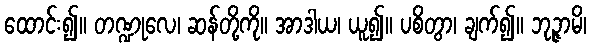
ထောင်း၍။ တဏ္ဍုလေ၊ ဆန်တို့ကို။ အာဒါယ၊ ယူ၍။ ပစိတွာ၊ ချက်၍။ ဘုဉ္ဇာမိ၊